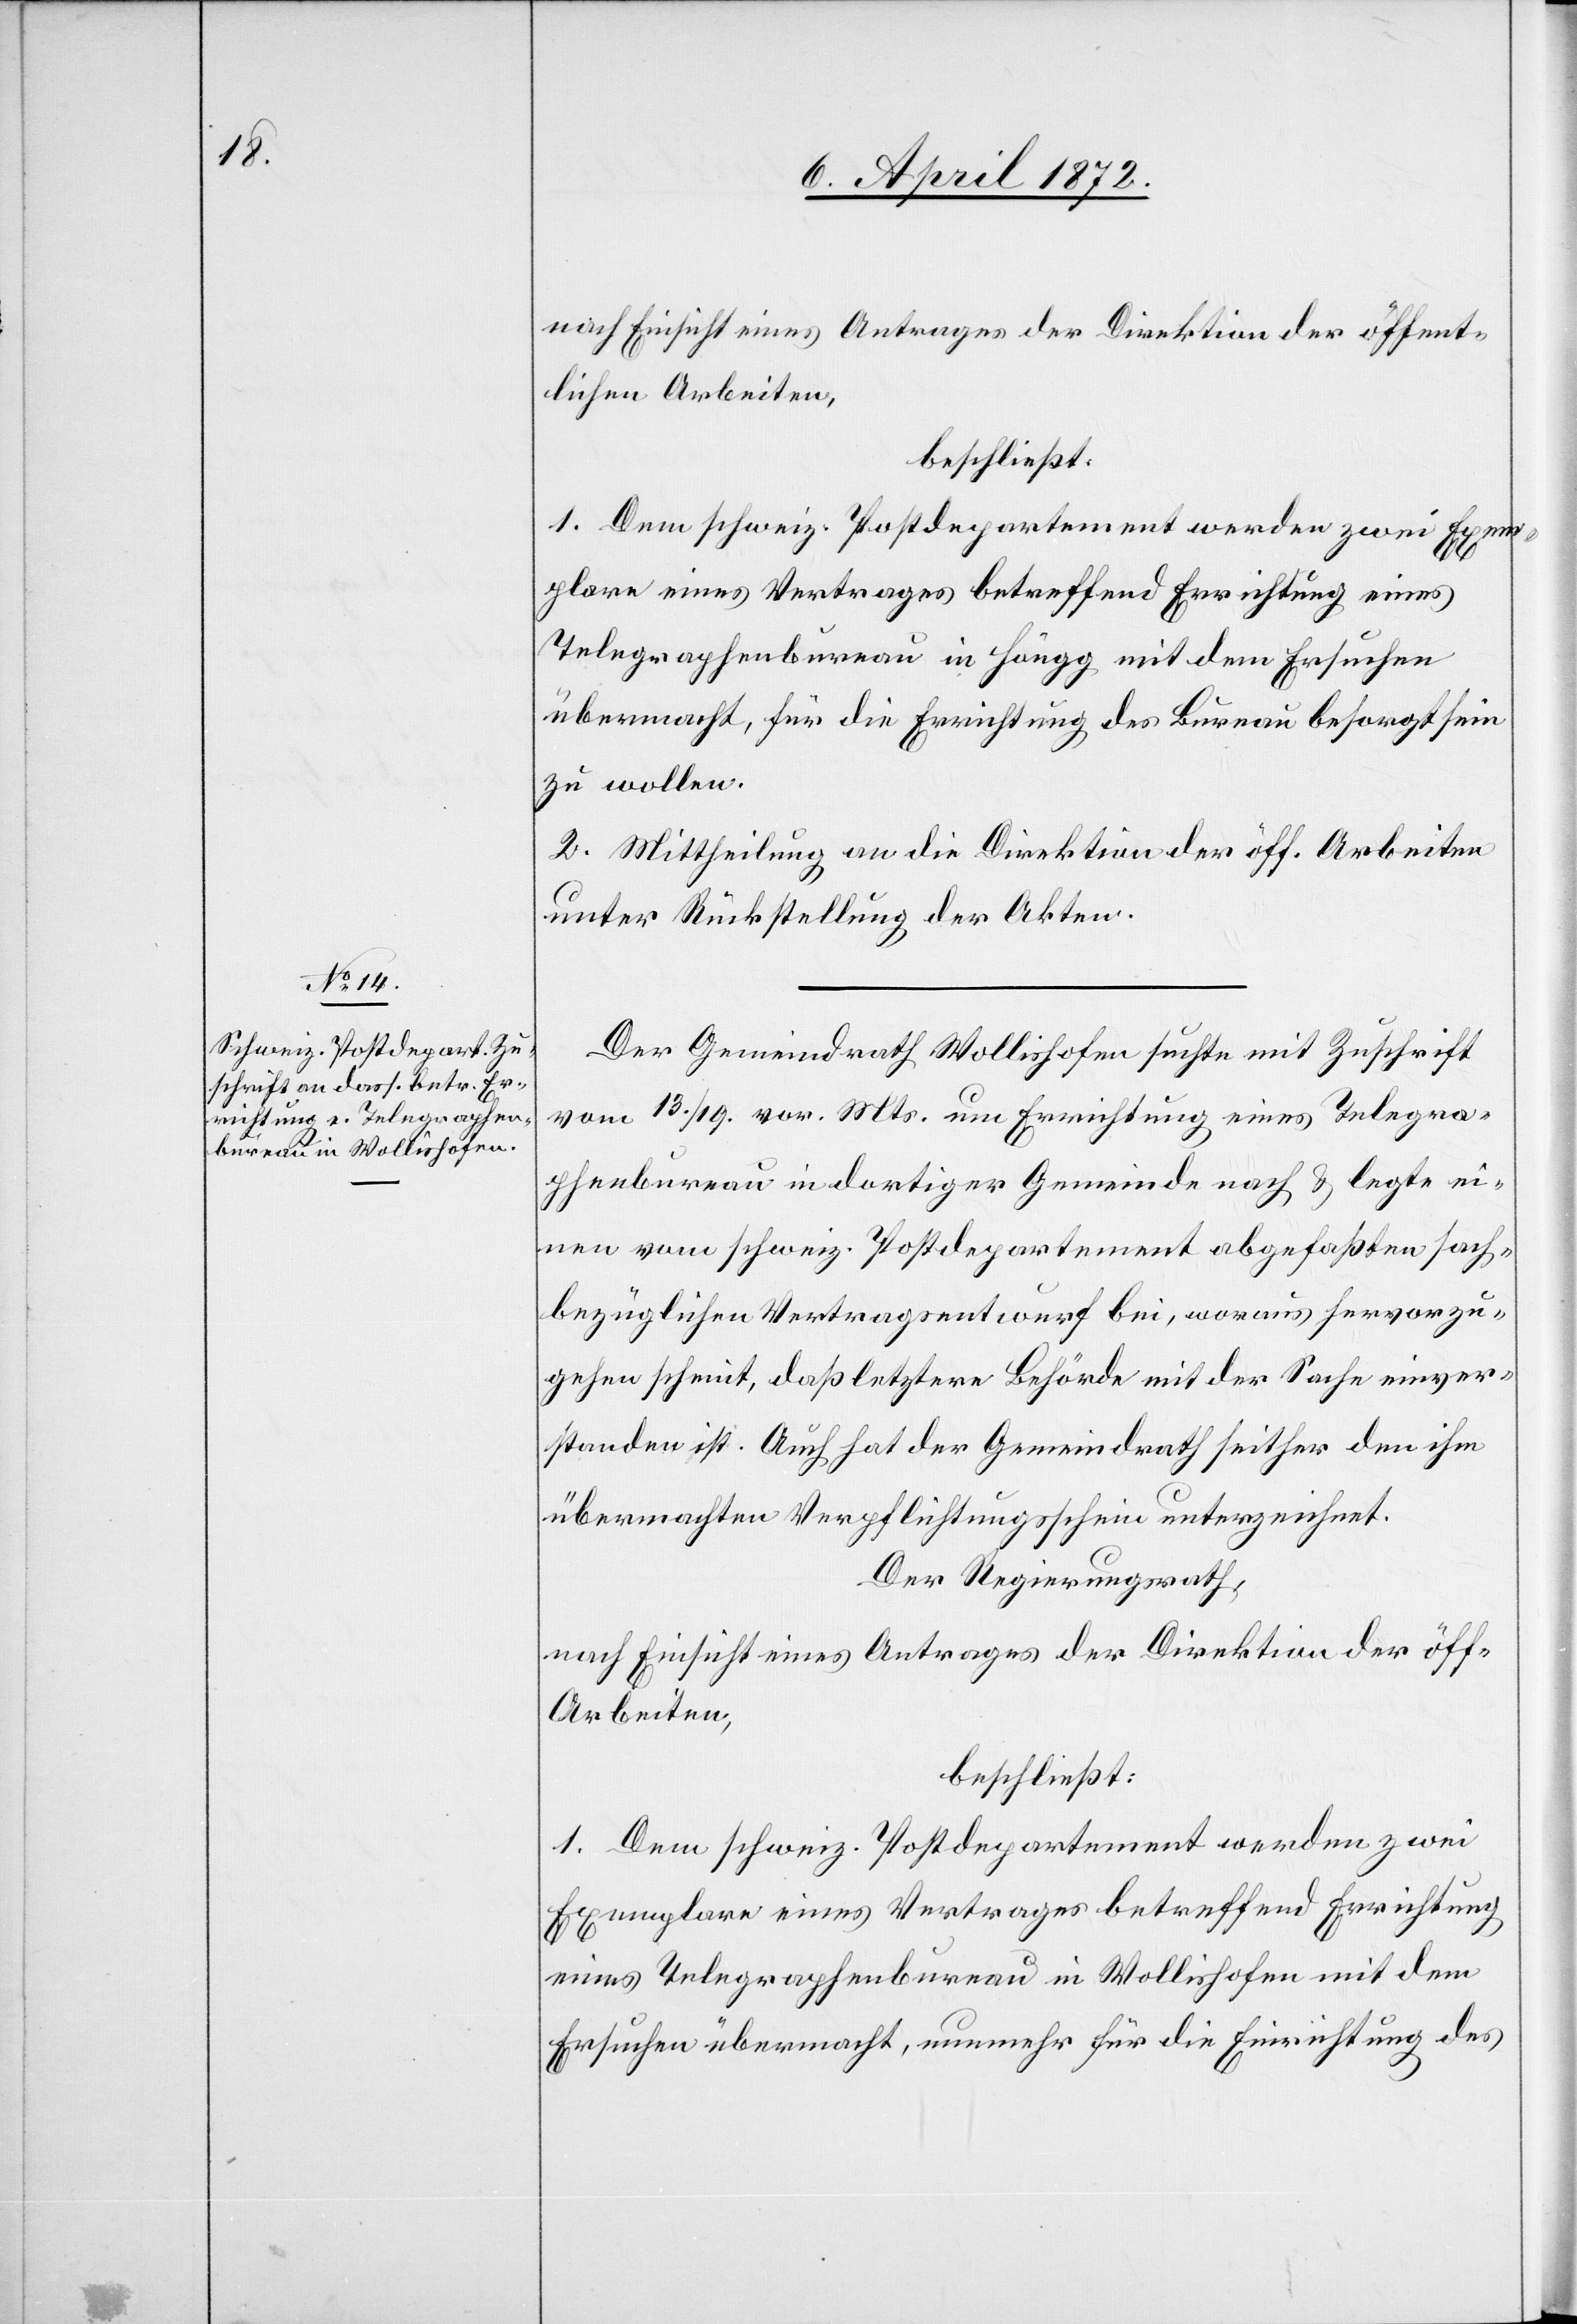
nach Einsicht eines Antrages der Direktion der öffent¬
lichen Arbeiten,
beschließt:
1. Dem schweiz. Postdepartement werden zwei Exem¬
plare eines Vertrages betreffend Errichtung eines
Telegraphenbureau in Höngg mit dem Ersuchen
übermacht, für die Errichtung des Bureau besorgt sein
zu wollen.
2. Mittheilung an die Direktion der öff. Arbeiten
unter Rückstellung der Akten.
Der Gemeindrath Wollishofen suchte mit Zuschrift
vom 13./19. vor. Mts. um Errichtung eines Telegra¬
phenbureau in dortiger Gemeinde nach u. legte ei¬
nen vom schweiz. Postdepartement abgefaßten sach¬
bezüglichen Vertragsentwurf bei, woraus hervorzu¬
gehen scheint, daß letztere Behörde mit der Sache einver¬
standen ist. Auch hat der Gemeindrath seither den ihm
übermachten Verpflichtungsschein unterzeichnet.
Der Regierungsrath,
nach Einsicht eines Antrages der Direktion der öff.
Arbeiten,
beschließt:
1. Dem schweiz. Postdepartement werden zwei
Exemplare eines Vertrages betreffend Errichtung
eines Telegraphenbureau in Wollishofen mit dem
Ersuchen übermacht, nunmehr für die Errichtung des